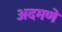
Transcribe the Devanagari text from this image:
अदमणे